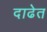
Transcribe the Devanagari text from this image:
दाढेत